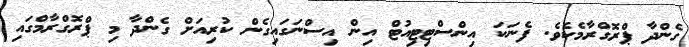
ގެންދާ ޕްރޮގްރާމެކެވެ. ފެނަކަ އިންސްޓިޓިއުޓް އިން އިސްނަގައިގެން ކުރިއަށް ގެންދާ މި ޕްރޮގްރާމްގައި